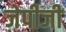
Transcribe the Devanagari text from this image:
जेपीजी